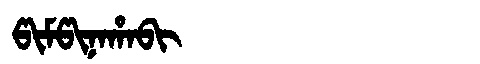
Manchu: ᡦᡳᠮᡦᡳᠨᠠᡥᠠᠪᡳ
Romanization: PIMPINAHABI